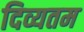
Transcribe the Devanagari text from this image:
दिव्यतम